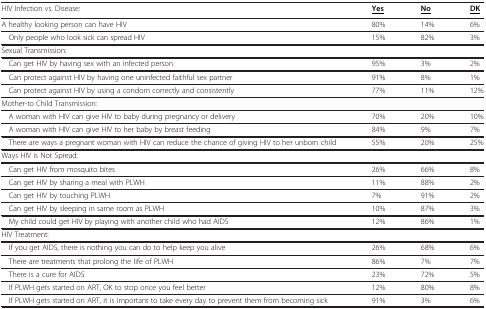
| HIV Infection vs. Disease: | <underline>Yes</underline> | <underline>No</underline> | <underline>DK</underline> |
 | --- | --- | --- | --- |
 | A healthy looking person can have HIV | 80% | 14% | 6% |
 | Only people who look sick can spread HIV | 15% | 82% | 3% |
 | Sexual Transmission: |  |  |  |
 | Can get HIV by having sex with an infected person | 95% | 3% | 2% |
 | Can protect against HIV by having one uninfected faithful sex partner | 91% | 8% | 1% |
 | Can protect against HIV by using a condom correctly and consistently | 77% | 11% | 12% |
 | Mother-to Child Transmission: |  |  |  |
 | A woman with HIV can give HIV to baby during pregnancy or delivery | 70% | 20% | 10% |
 | A woman with HIV can give HIV to her baby by breast feeding | 84% | 9% | 7% |
 | There are ways a pregnant woman with HIV can reduce the chance of giving HIV to her unborn child | 55% | 20% | 25% |
 | Ways HIV is Not Spread: |  |  |  |
 | Can get HIV from mosquito bites | 26% | 66% | 8% |
 | Can get HIV by sharing a meal with PLWH | 11% | 88% | 2% |
 | Can get HIV by touching PLWH | 7% | 91% | 2% |
 | Can get HIV by sleeping in same room as PLWH | 10% | 87% | 3% |
 | My child could get HIV by playing with another child who had AIDS | 12% | 86% | 1% |
 | HIV Treatment: |  |  |  |
 | If you get AIDS, there is nothing you can do to help keep you alive | 26% | 68% | 6% |
 | There are treatments that prolong the life of PLWH | 86% | 7% | 7% |
 | There is a cure for AIDS | 23% | 72% | 5% |
 | If PLWH gets started on ART, OK to stop once you feel better | 12% | 80% | 8% |
 | If PLWH gets started on ART, it is important to take every day to prevent them from becoming sick | 91% | 3% | 6% |